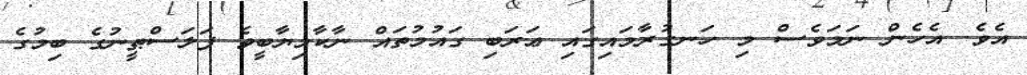
އެވެ. އެހެން ނަމަވެސް މި ހަނގުރާމައިގައި ޢަރަބި ގައުމުތައް ނާކާމިޔާބީވެ ފަލަސްޠީނުގެ ބިމުގެ